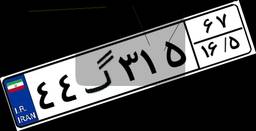
۴۴گ۳۱۵۶۷